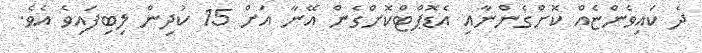
ދެ ކައިވެންޏެއް ކޮށްގެންނާއި އެޑޮޕްޓްކޮށްގެން އޭނާ އަށް 15 ކުދިން ލިބިފައިވެ އެވެ.